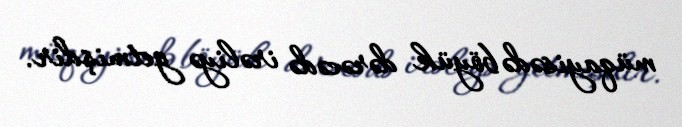
müqayisədə böyük dərəcədə irəliyə getmişdir.